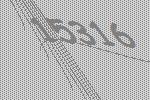
15316